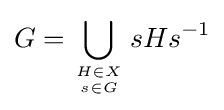
G=\bigcup _{H\in X \atop s\in G}sHs^{-1}